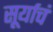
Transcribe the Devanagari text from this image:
सूर्याचं